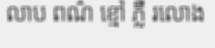
លាប ពណ៌ ខ្មៅ ភ្លឺ រលោង